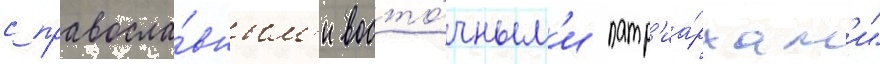
с правосла́вным'и восто́чным'и патр'иа́рхам'и"